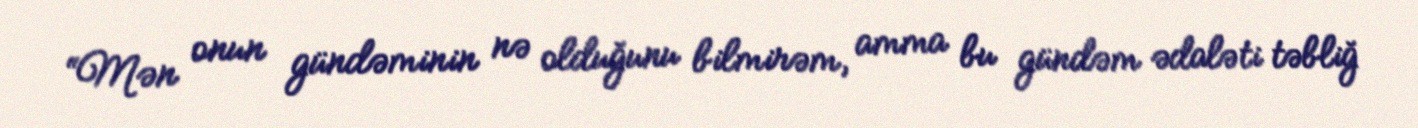
“Mən onun gündəminin nə olduğunu bilmirəm, amma bu gündəm ədaləti təbliğ